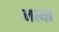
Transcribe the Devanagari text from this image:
नत्या